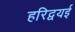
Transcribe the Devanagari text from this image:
हरिद्वयई